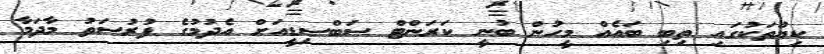
ކިޔޫތަކުގައި ތިބި ބައެއް މީހުން ބުނީ ކަރަންޓް ސަބްސިޑީއަށް އެދުމުގެ ފުރުސަތު މާދަމާ